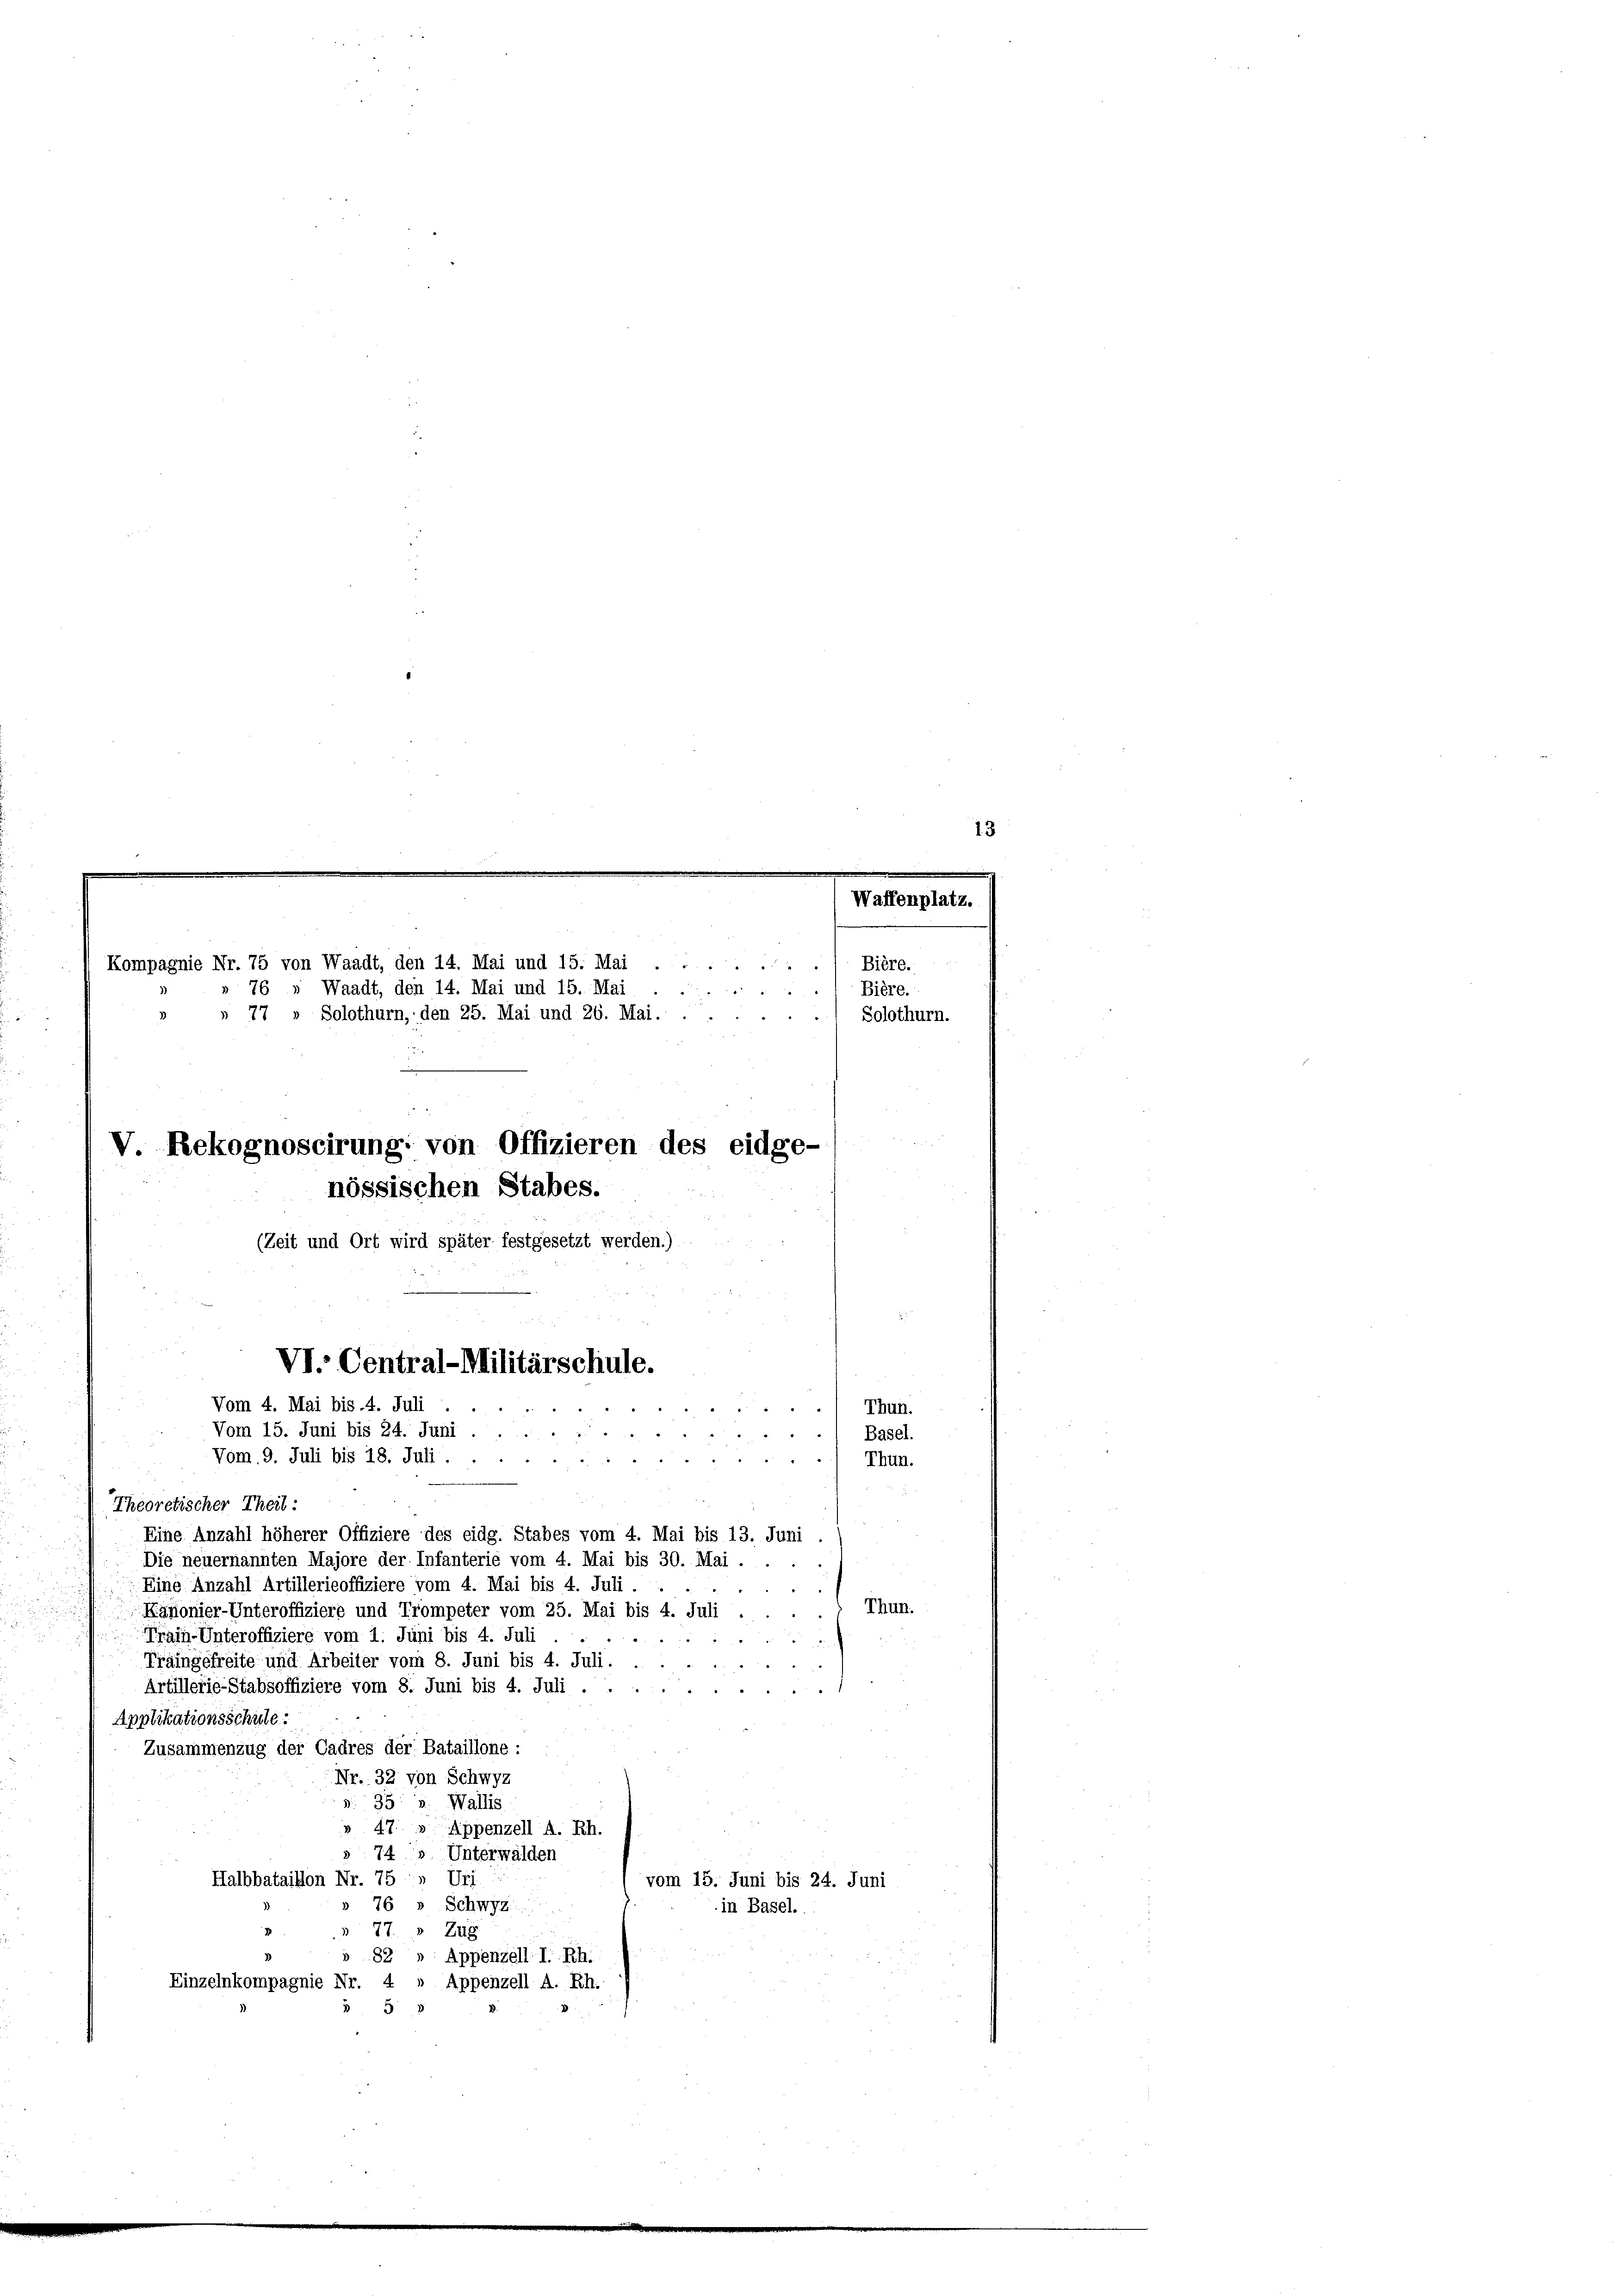
Kompagnie Nr. 75 von Waadt, den 14. Mai und 15. Mai .
76 » Waadt, den 14. Mai und 15. Mai
u
77 Solothurn, den 25. Mai und 26. Mai.
V Rekognoscirung: von Offizieren des eidge-
nössischen Stabes.
(Zeit und Ort wird später festgesetzt werden.)
VI. Central-Militärschule.
Vom 4. Mai bis 4. Juli
Thun
Vom 15. Juni bis 24. Juni ..
Basel.
Vom 9. Juli bis 18. Juli.
3
Thun.
Theoretischer Theil:
Eine Anzahl höherer Offiziere des eidg. Stabes vom 4. Mai bis 13. Juni
Die neuernannten Majore der Infanterie vom 4. Mai bis 30. Mai .

Eine Anzahl Artillerieoffiziere vom 4. Mai bis 4. Juli.
Thun.
Kanonier-Unteroffiziere und Trompeter vom 25. Mai bis 4. Juli
Train-Unteroffiziere vom 1. Juni bis 4. Juli
Traingefreite und Arbeiter vom 8. Juni bis 4. Juli . .
Artillerie-Stabsoffiziere vom 8. Juni bis 4. Juli
Applikationsschule:
Zusammenzug der Cadres der Bataillone :
Nr. 32 von Schwyz
7
Wallis
35
47. Appenzell A. Rh.
743. Unterwalden
Halbbataillon Nr. 75, Uri
vom 15. Juni bis 24. Juni
76 » Schwyz
in Basel.
77.
1
Zug
82, Appenzell I.-Rh.
Einzelnkompagnie Nr.
 Appenzell A. Rh.
5

Bière.
Bière.
Solothurn.

Waffenplat